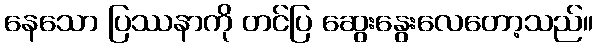
နေသော ပြဿနာကို တင်ပြ ဆွေးနွေးလေတော့သည်။